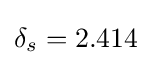
\delta _{s}=2.414